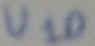
Text: U10